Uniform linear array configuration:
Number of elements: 24
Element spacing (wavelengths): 1
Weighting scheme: cosine
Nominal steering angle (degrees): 60
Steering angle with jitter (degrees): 61.614
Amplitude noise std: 0.05
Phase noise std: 0.05

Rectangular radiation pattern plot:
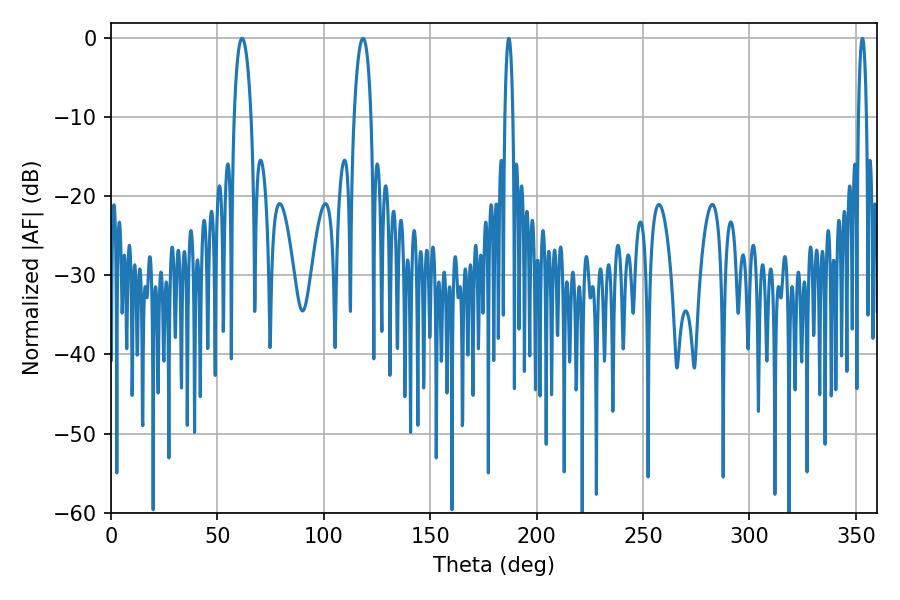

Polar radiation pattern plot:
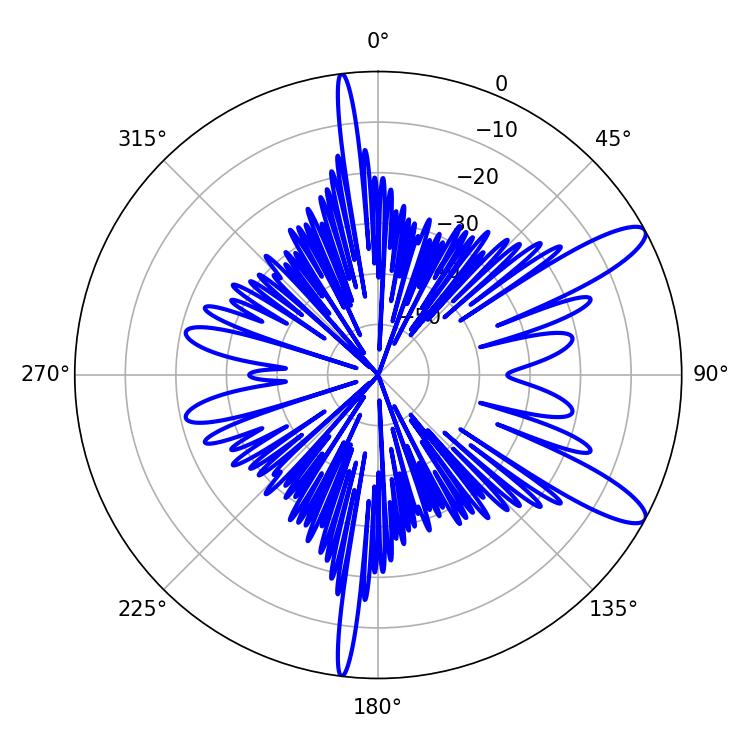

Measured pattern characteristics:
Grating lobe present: TRUE
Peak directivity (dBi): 11.471
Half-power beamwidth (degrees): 4.5
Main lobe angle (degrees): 61.56